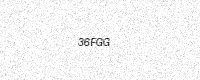
Text: 36FGG